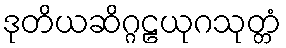
ဒုတိယဆိဂ္ဂဠယုဂသုတ္တံ